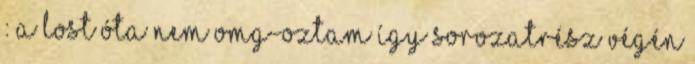
: a LOST óta nem OMG-oztam így sorozatrész végén